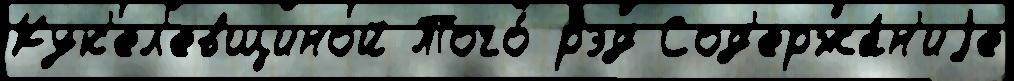
Кук'ел'евщиной Того́ рэд Сод'ержа́н'иjе